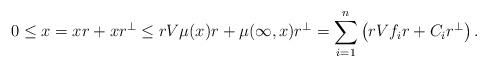
LaTeX: \begin{align*}0\leq x&= xr+ xr^\perp\leq rV\mu(x)r+\mu(\infty,x)r^\perp=\sum_{i=1}^n \left(rVf_i r+C_ir^\perp\right).\end{align*}